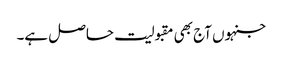
جنہوں آج بھی مقبولیت حاصل ہے۔